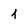
Character: 1